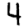
Digit: 4